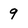
Character: 9